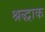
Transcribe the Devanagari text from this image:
श्रद्धाक